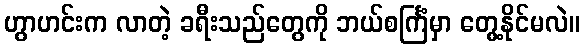
ဟွာဟင်းက လာတဲ့ ခရီးသည်တွေကို ဘယ်စင်္ကြံမှာ တွေ့နိုင်မလဲ။